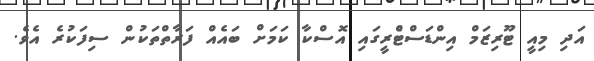
އަދި މިއީ ޓޫރިޒަމް އިންޑަސްޓްެރީގައި އޮސްކާ ކަމަށް ބައެއް ފަރާތްތަކުން ސިފަކުރެ އެވެ.